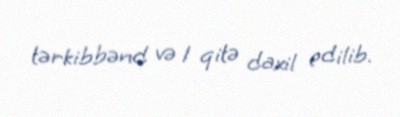
tərkibbənd və 1 qitə daxil edilib.